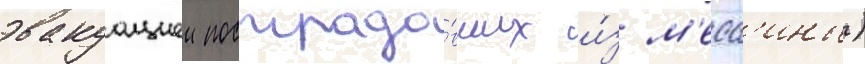
эвакуациеи пострада́вших и́з м'есс'ины)